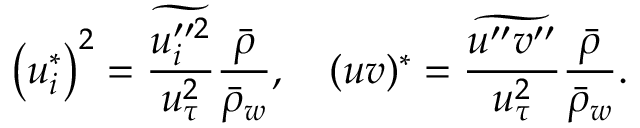
\left( u _ { i } ^ { * } \right) ^ { 2 } = \frac { \widetilde { u _ { i } ^ { \prime \prime 2 } } } { u _ { \tau } ^ { 2 } } \frac { \bar { \rho } } { \bar { \rho } _ { w } } , \quad ( u v ) ^ { * } = \frac { \widetilde { u ^ { \prime \prime } v ^ { \prime \prime } } } { u _ { \tau } ^ { 2 } } \frac { \bar { \rho } } { \bar { \rho } _ { w } } .